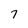
Character: 7